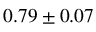
0 . 7 9 \pm 0 . 0 7